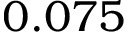
0 . 0 7 5